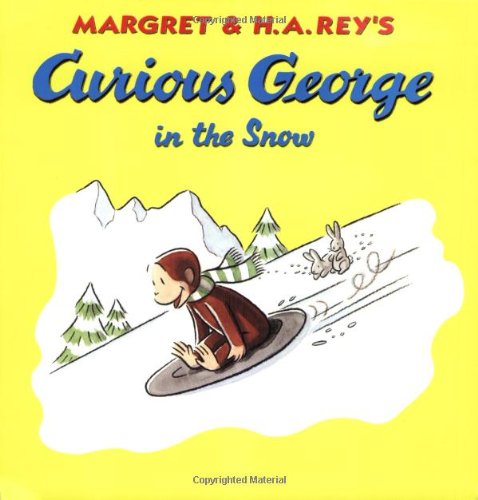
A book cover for Curious George in the Snow; H. A. Rey; Children's Books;